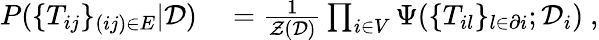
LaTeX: \begin{array}{rl}{P(\{ T_{ij}\} _{(ij)\in E}|\mathcal{D})}&{{}=\frac{1}{\mathcal{Z}(\mathcal{D})}\prod_{i\in V}\Psi(\{ T_{il}\} _{l\in\partial i};\mathcal{D}_{i})\ ,}\end{array}